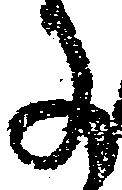
事